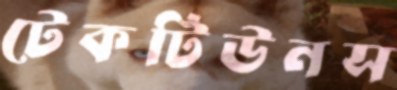
টেকটিউনস